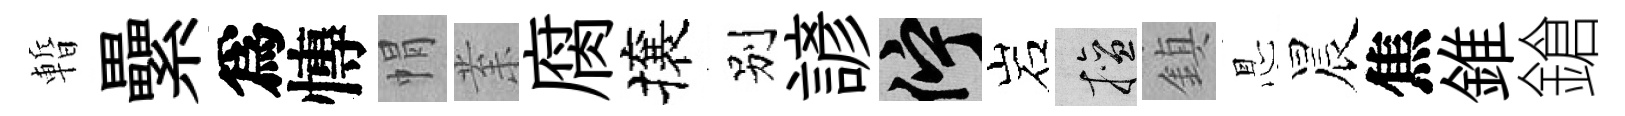
暫纍爲慱㡌𭪙腐攘别諺伫岩擅鎮㤙晨焦錐鎗